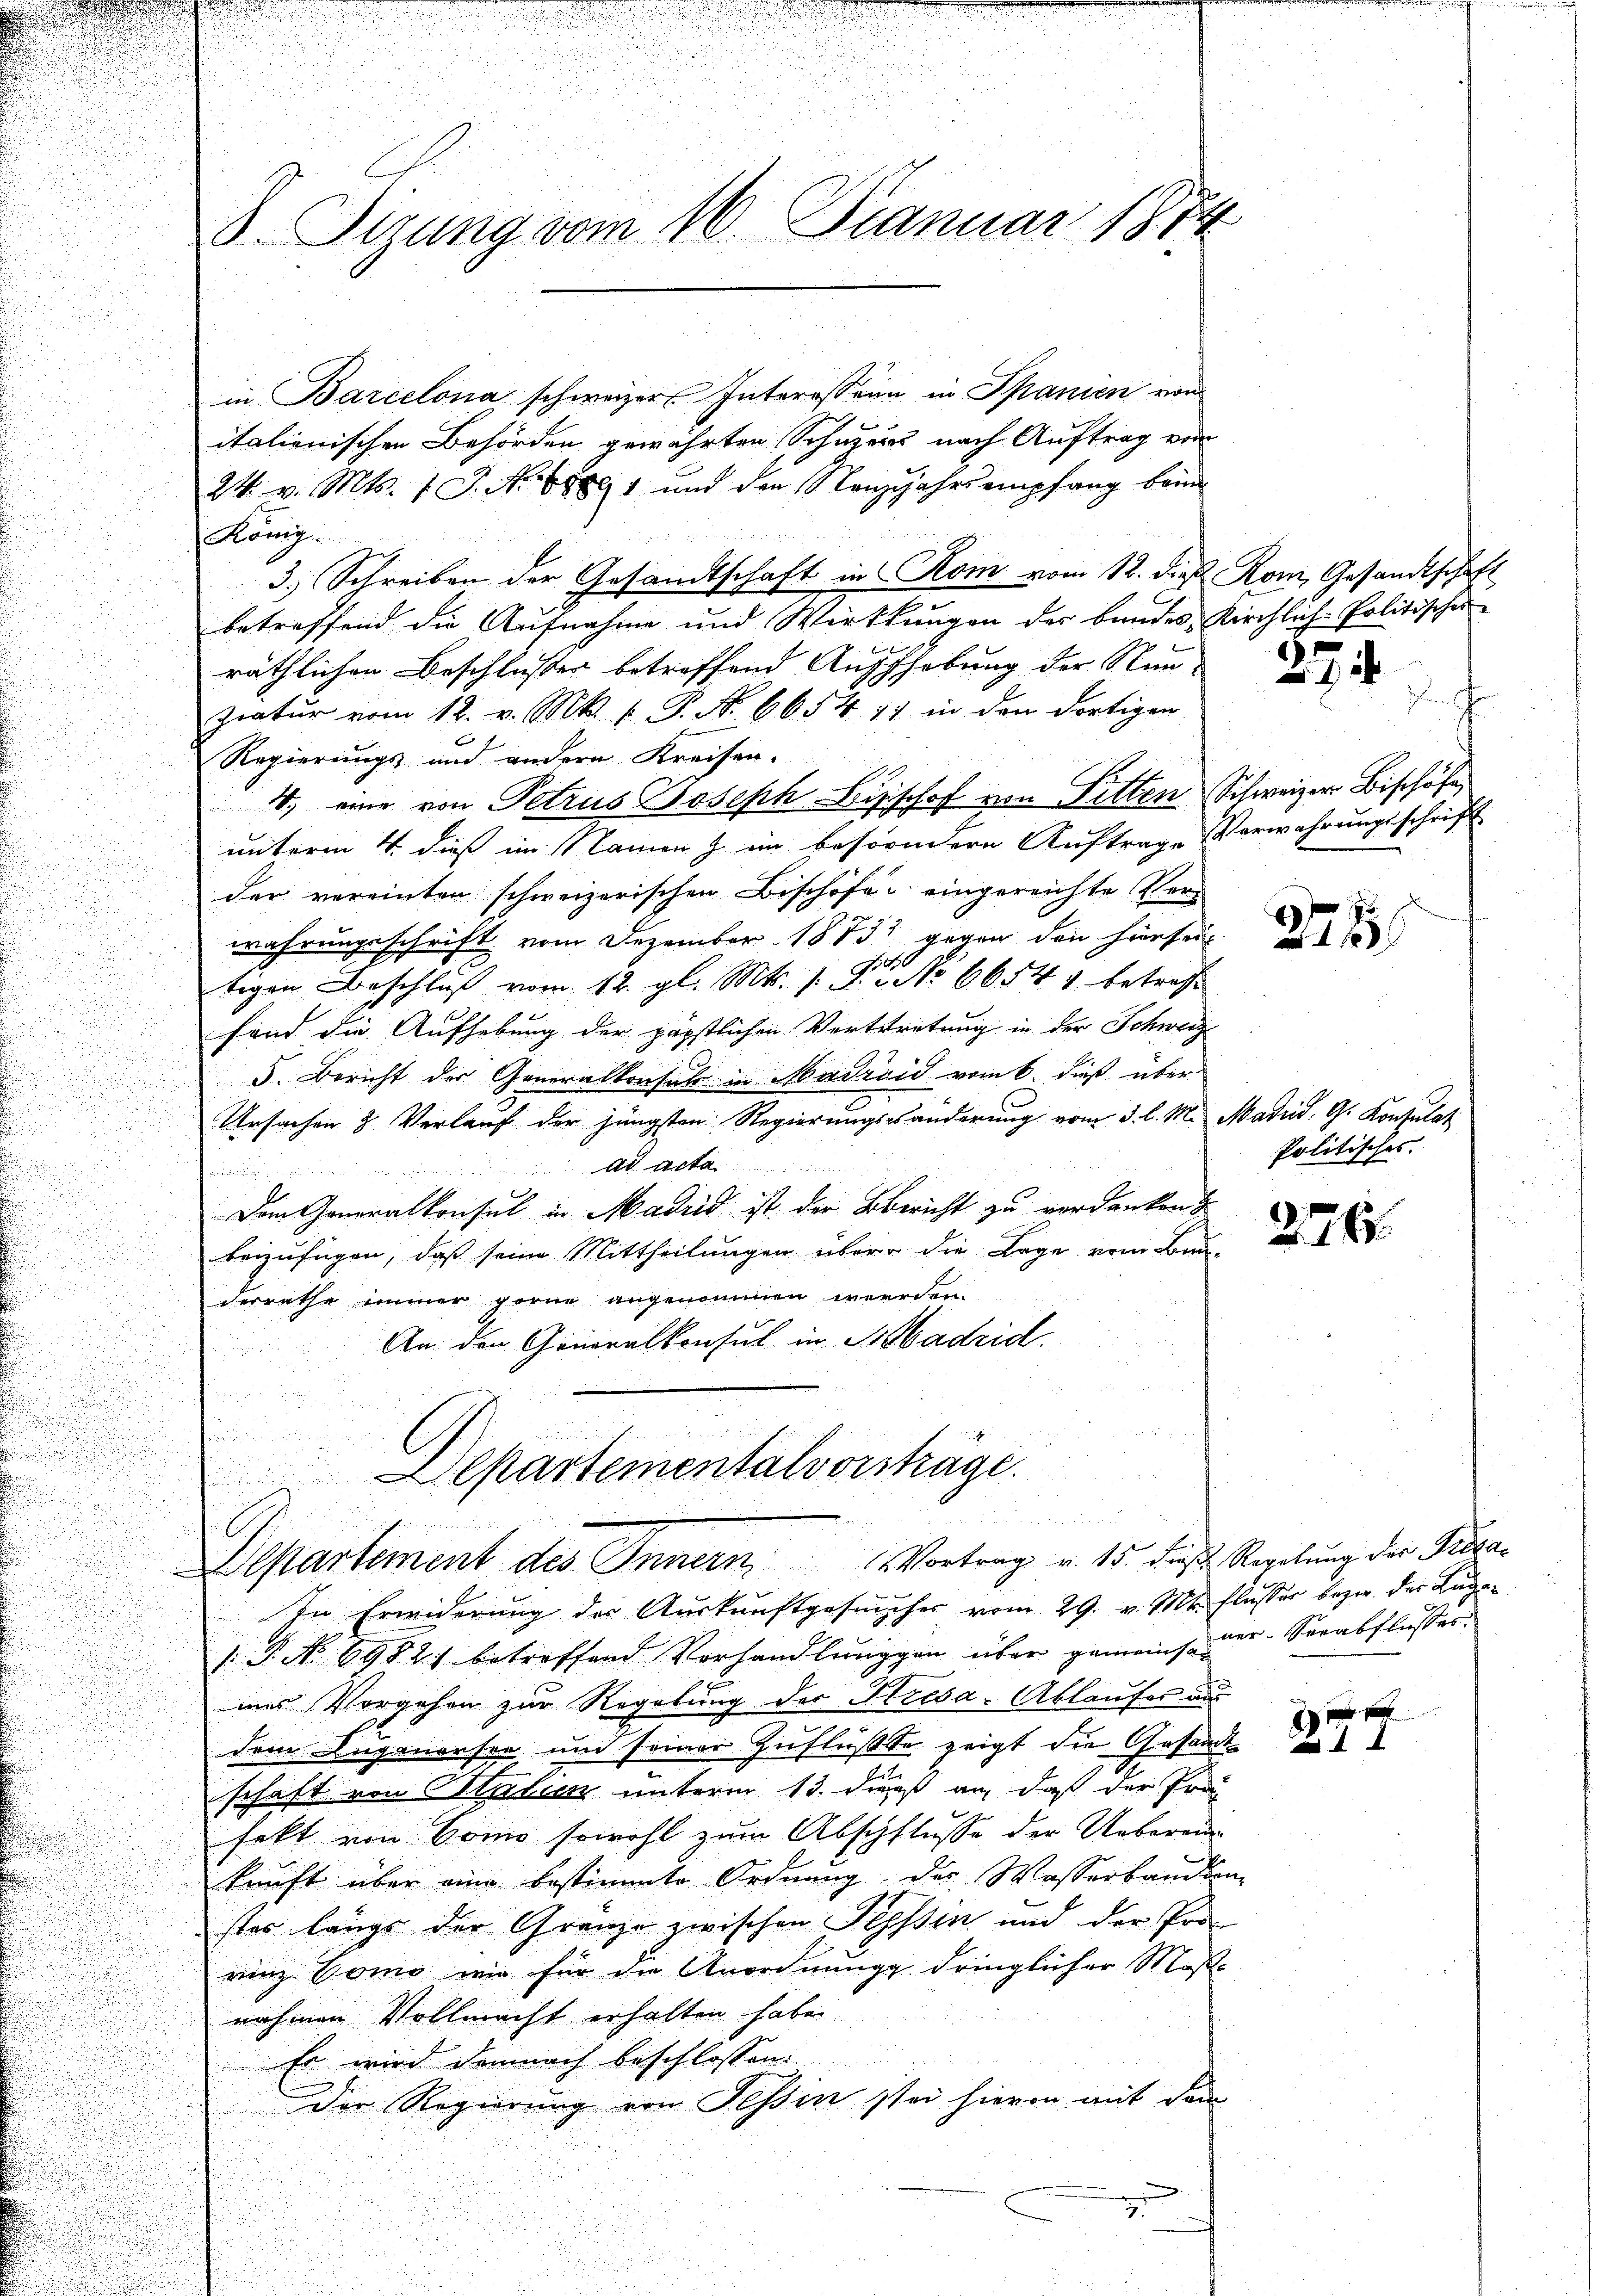
in Barcelona schweizer Interessein in Spanien von
italienischen Behörden gewährten Schulers nach Auftrag von
24. v. Mts. 1 S. Nr. 1891 und den Nanzjahrs empfang beim
König.
3.) Schreiben der Gesandtschaft in Rom vom 12. die Rom, Gesandtschaft
betreffend die Antnahme und Wirthungen der bundes, Kirchlich-Politische
räthlichen Beschlusser betreffend Auffhebung der Stun-
ratur vom 12. v. Mk. k. P. Nr. 6654 11 in den dortigen
Regierungs- und andere Kreisen.
4. eine von Petrus Joseph Bischof von Pitten Schweizer Bischöf
unterm 4. dieß im Namen & im besondern Auftrage Verwahrungsschrift
der vereinten schweizerischen Bischöfe eingereichte Verwährungsschrift vom Dezember 1873 gegen den hiersei
30
tigen Beschluß vom 12. gl. Mts. s. S. No 66541. betreff
fond die Aufhebung der päpstlichen Vertretung in der Schweiz
5. Bericht der Generalkonsul in Madrid vom 6. dieß über
Ursachen 3 Verlauf der jüngsten Regierungssänderung vom 3. l. M. Madrid, G. Konsulat
ad acta
E
Dem Generalkonsul in Madrid ist der Bericht zu verdanken
beizufügen, daß seine Mittheilungen über die Lage vom Bun-
derrathe immer gerne angenommen werden.
An den Generalkonsul in Madrid.
epartementalvorsträge.

5. Stzung vom 10. Januar 1874

P. No 69821 betreffend Vorhandlungen über gemeins der Verabflusses.
mes Vorgehen zur Regelung der Kresa- Ablaufer aus
dem Augenersee um seiner Zuflusste zeigt die Gesandt-
schaft von Stalien unterm 13. dieß an, daß der Fra
fekt von Como sowohl zum Abschflusse der Ueberein
kunft über eine bestimmte Ordnung der Wasserbandung
ster längs der Gränze zwischen Tessin und der Pro-
rinz Como wie für die Anordnung dringlicher Mose
nahmen Vollmacht erhalten habe.
Er wird demnach beschlossen:
Der Regierung von Tessin stei hievon mit dem

u
d

Departement des Innern Vortrag u. 15. dies Regelŭng der Presa¬
In Erwiderung des Auskunftgesucher vom 29. v. Mtt. Flusser bezw. der Lugan

27.

dch

2785

Politisches.

276

1 f 0
 I